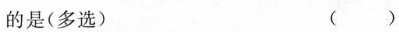
的是(多选) ()